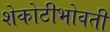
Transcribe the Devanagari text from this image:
शेकोटीभोवती